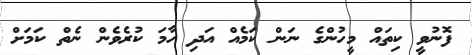
ފޮނުވީ ކިތައް މީހުންގެ ނަން ކަމެއް އަދި ހާމަ ކުރެވެން ނެތް ކަމަށް